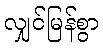
လျှင်မြန်စွာ